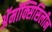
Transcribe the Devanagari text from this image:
अॅमॉक्सिसिलीन